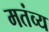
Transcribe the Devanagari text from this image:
मतंव्य